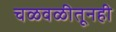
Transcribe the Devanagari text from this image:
चळवळीतूनही